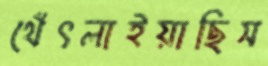
থেঁৎলাইয়াছিস